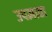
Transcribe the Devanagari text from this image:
उपज्ञाता